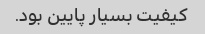
کیفیت بسیار پایین‌ بود.